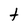
Character: t